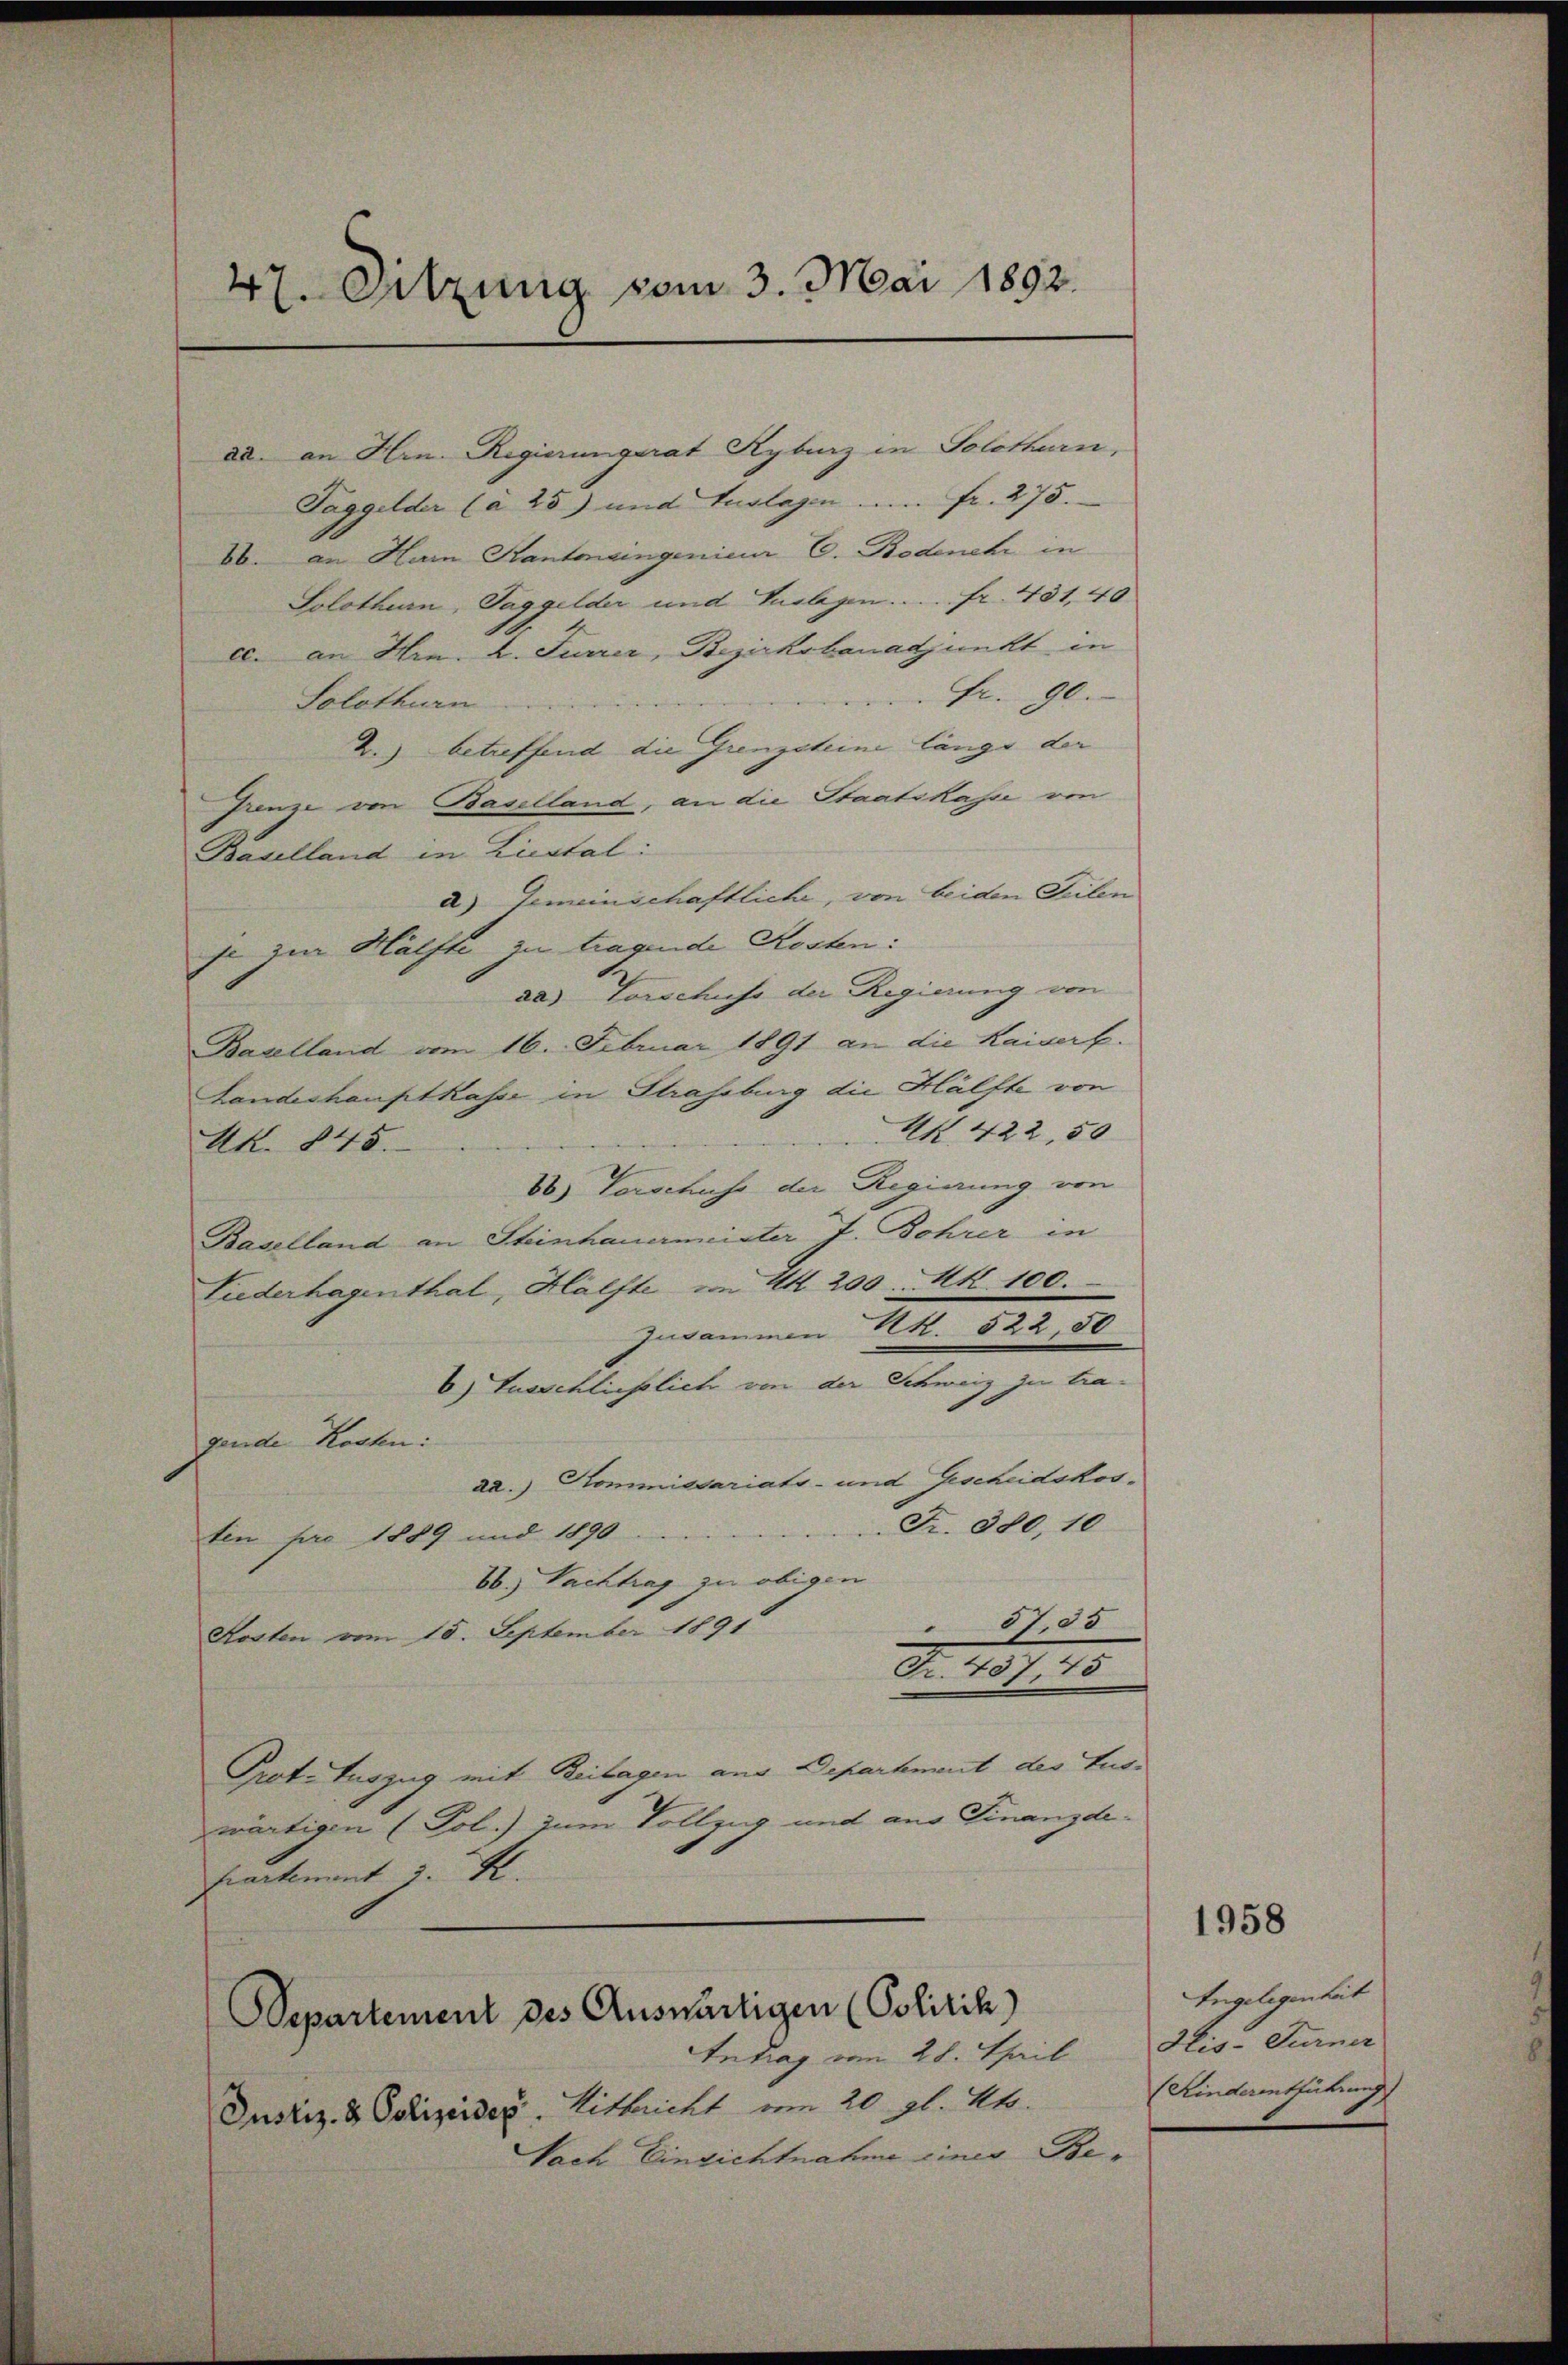
47. Sitzung vom 3. Mai 1892.

dd. an Hrn. Regierungsrat Kyburg in Solothurn,
Taggelder (a 25) und Auslagen ... fr. 275.
66. an Hain Kantonsingenieur C. Bodener in
Solothurn, Taggelder und Auslagen . . . . fr. 481, 40
cc. an Hrn. 2. Furrer, Bezirksbanadjunkt in
Fr. 90.
Solothurn
2.) betreffend die Grenzsteine länge der
Grenze von Baselland, an die Staatskasse von
Baselland in Liestal:
a) Gemeinschaftliche, von beiden Teilenje zur Hälfte zu tragende Kosten:
da) Vorschuss der Regierung von
Baselland vom 16. Februar 1891 an die Kaisert.
Landeshauptkasse in Strassburg die Hälfte von
N 422, 50
Kk. 845.
86) Vorschuss der Regierung von
Baselland an Steinhauermeister J. Bohrer in
Liederhagenthal, Hälfte von Art. 200 Mk. 100.
Zusammen RR. 522 50
6) Ausschliesslich von der Schweiz zu tragende Kosten:
ad. Kommissariats- und Gescheidskos¬
Fr. 380, 10
ten pro 1889 und 1890
86.) Nachtrag zu obigen
37,85
Kosten vom 15. September 1891
Fr. 457, 78
Prot. Auszug mit Beilagen aus Departement der Endzwärtigen (Pol.) zum Vollzug und aus Finanzde¬
Cartement u. St.
Intrag vom 28. April
Justiz- & Polizeider Rittericht vom 20. gl. Mts.
Nach Einsichtnahme einer Be¬

Departement des Auswärtigen (Politik)

Angelegenheit
His-Furner
(Kinderentführung

1958